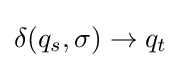
\delta (q_{s},\sigma )\to q_{t}